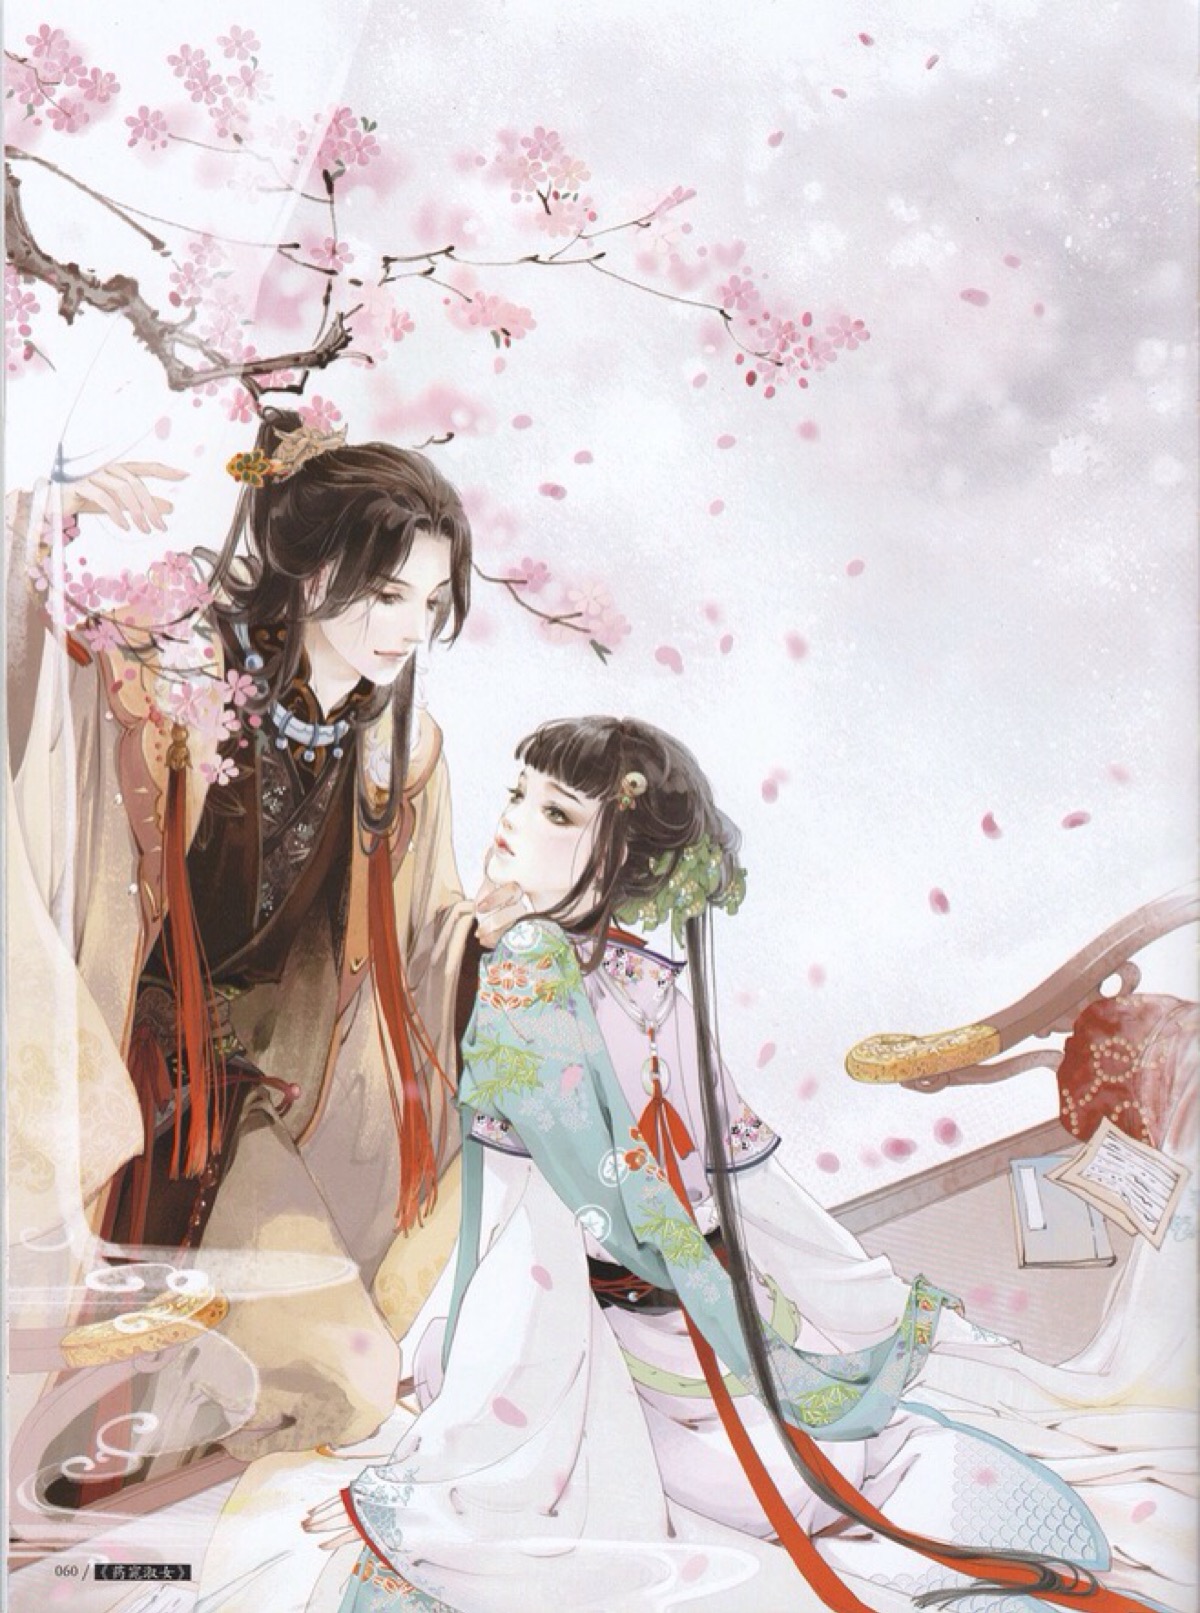
问世间，情是何物，直教生死相许？